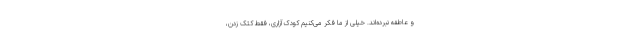
و عاطفه نبرده‌اند. خیلی از ما فکر می‌کنیم کودک آزاری، فقط کتک زدن،